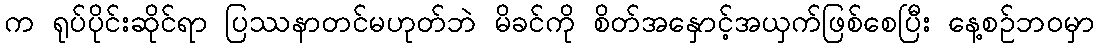
က ရုပ်ပိုင်းဆိုင်ရာ ပြဿနာတင်မဟုတ်ဘဲ မိခင်ကို စိတ်အနှောင့်အယှက်ဖြစ်စေပြီး နေ့စဉ်ဘဝမှာ